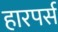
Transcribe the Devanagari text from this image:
हारपर्स